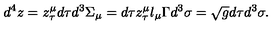
d ^ { 4 } z = z _ { \tau } ^ { \mu } d \tau d ^ { 3 } \Sigma _ { \mu } = d \tau z _ { \tau } ^ { \mu } l _ { \mu } \Gamma d ^ { 3 } \sigma = \sqrt { g } d \tau d ^ { 3 } \sigma .